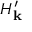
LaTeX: H _ { \mathbf { k } } ^ { \prime }